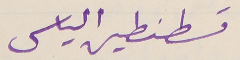
قسطنطين الياس